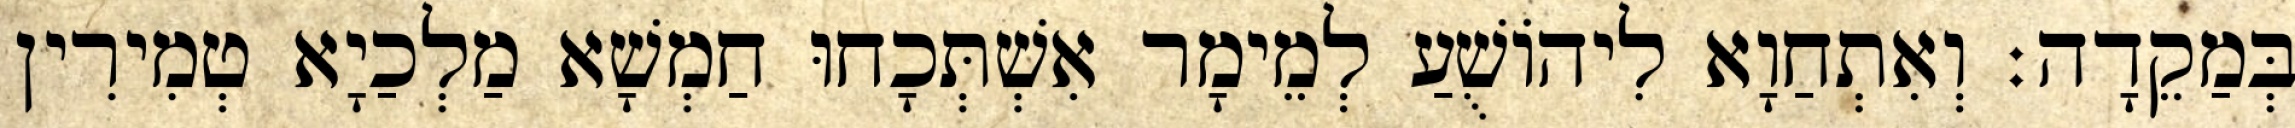
בְּמַקֵדָה׃ וְאִתְחַוָא לִיהוֹשֻׁעַ לְמֵימָר אִשְׁתְּכָחוּ חַמְשָׁא מַלְכַיָא טְמִירִין